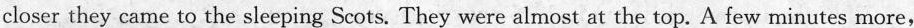
closerthey came to the sleeping Scots. They were almost at the top. A few minutes more,